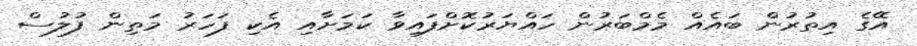
އޭގެ އިތުރުން ބައެއް މެމްބަރުން ހައްޔަރުކޮށްފައިވާ ކަމަށާއި އެކި ފަހަރު މަތިން ފުލުސް